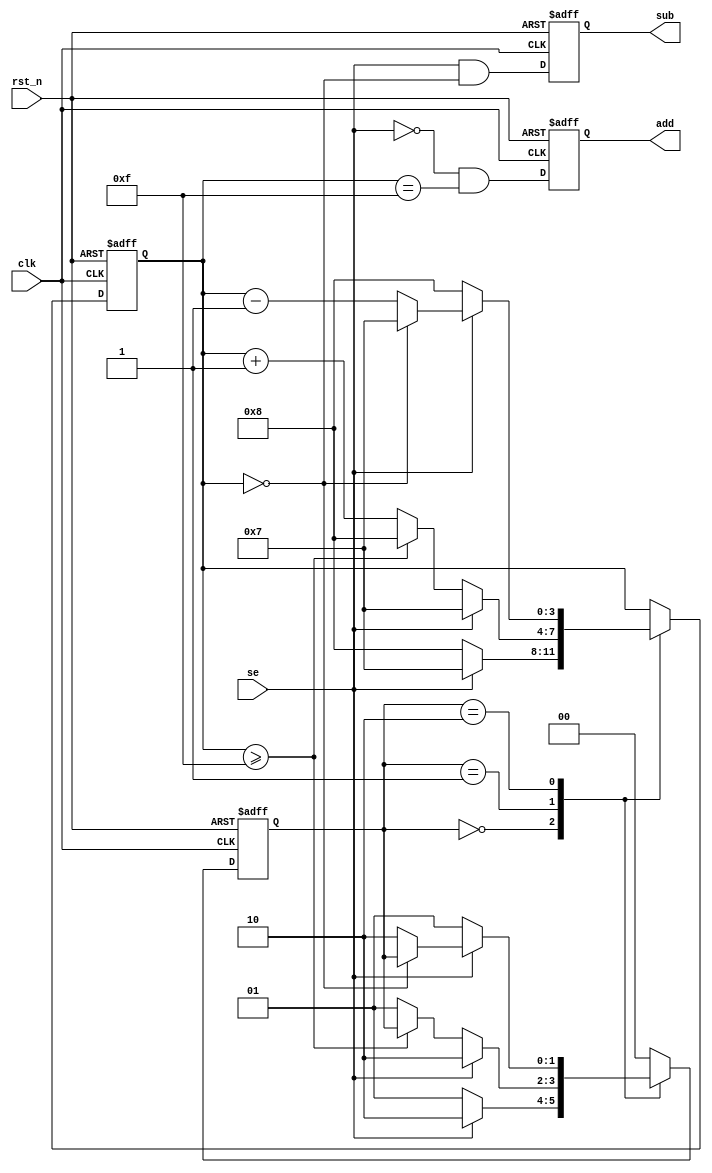
module dlf_1(    //digital loop frequency
    clk    ,
    rst_n  ,
    se     ,
    add    ,
    sub
    );

    input               clk    ;
    input               rst_n  ;
    input               se     ;

    output reg          add    ;
    output reg          sub    ;

    reg  [3:0]          cnt    ;
    reg  [1:0]          state  ;

    parameter peak = 4'd15;

    localparam
        IDLE = 2'd0,
        SE_N = 2'd1,
        SE   = 2'd2;

    always  @(posedge clk or negedge rst_n)begin  
        if(rst_n==1'b0) begin
            state <= IDLE;
            cnt <= 1'b0;
        end
        else begin
            case(state)
                IDLE : begin
                    if(!se) begin
                        state <= SE_N;
                        cnt <= 4'd8;
                    end
                    else if(se) begin
                        state <= SE;
                        cnt <= 4'd7;
                    end
                    else begin
                        state <= IDLE;
                        cnt <= 1'b0;
                    end
                end
                SE_N : begin
                    if(se) begin
                        state <= SE;
                        cnt <= 4'd7;
                    end
                    else begin
                        if(cnt>=peak) begin
                            cnt <= 4'd8;
                        end
                        else begin
                            cnt <= cnt + 1'b1;
                            state<= SE_N;
                        end
                    end
                end
                SE : begin
                    if(!se) begin
                        state <= SE_N;
                        cnt <= 4'd8;
                    end
                    else begin
                        if(cnt==1'b0) begin
                            cnt <= 4'd7;
                        end
                        else begin
                            cnt <= cnt - 1'b1;
                            state<= SE;
                        end
                    end
                end
                default : state <= IDLE;
            endcase
        end
    end

    always  @(posedge clk or negedge rst_n)begin
        if(rst_n==1'b0)begin
            add <= 1'b0;
            sub <= 1'b0;
        end
        else begin
            add <= (!se)&&(cnt==peak);
            sub <= (se)&&(cnt==0);
        end
    end

    endmodule